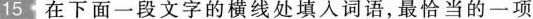
15 在下面一段文字的横线处填入词语，最恰当的一项是()。